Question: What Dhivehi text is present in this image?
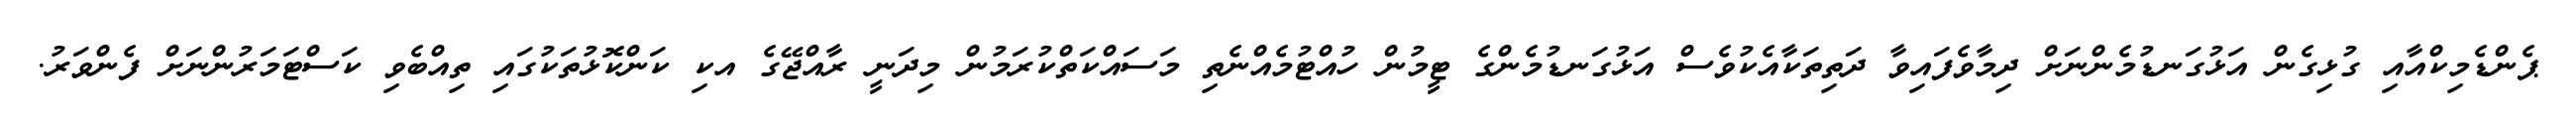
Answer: ޕެންޑެމިކްއާއި ގުޅިގެން އަޅުގަނޑުމެންނަށް ދިމާވެފައިވާ ދަތިތަކާއެކުވެސް އަޅުގަނޑުމެންގެ ޓީމުން ހުއްޓުމެއްނެތި މަސައްކަތްކުރަމުން މިދަނީ ރާއްޖޭގެ އކި ކަންކޮޅުތަކުގައި ތިއްބެވި ކަސްޓަމަރުންނަށް ފެންވަރު.